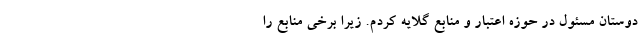
دوستان مسئول در حوزه اعتبار و منابع گلایه کردم. زیرا برخی منابع را